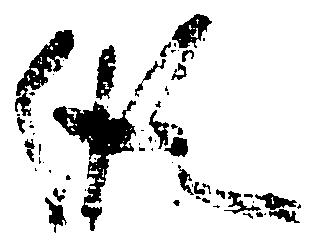
縦